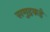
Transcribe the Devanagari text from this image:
समुद्रकडे